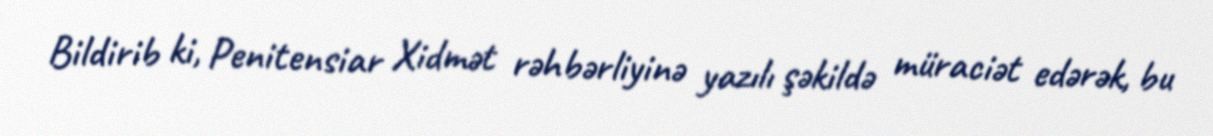
Bildirib ki, Penitensiar Xidmət rəhbərliyinə yazılı şəkildə müraciət edərək, bu